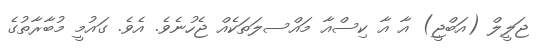
ޖަލީލް (އަބްޖީ) އާ އާ ކިސްއާ މައްސލަތަކެއް ޖެހުނެވެ. އެވެ. ގައުމީ މުބާރާތުގެ